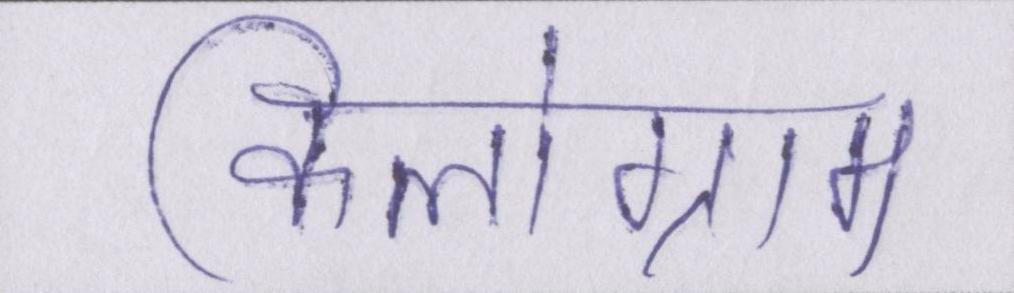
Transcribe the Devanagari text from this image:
किलोग्राम